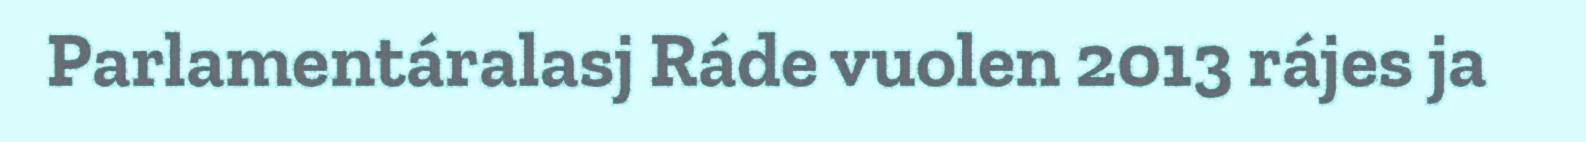
Parlamentáralasj Ráde vuolen 2013 rájes ja